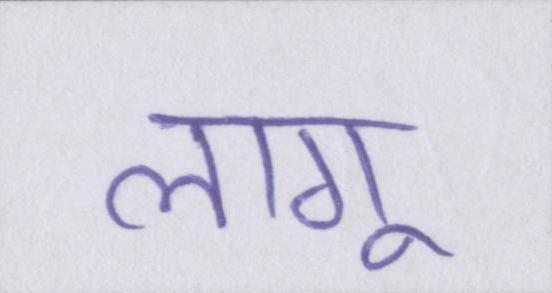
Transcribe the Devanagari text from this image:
लागू